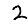
Digit: 2